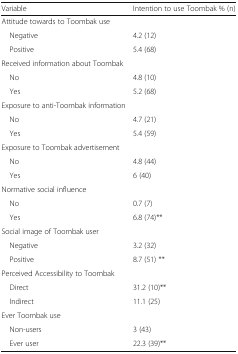
| Variable | Intention to use Toombak % (n) |
 | --- | --- |
 | <COLSPAN=2> Attitude towards to Toombak use |
 | Negative | 4.2 (12) |
 | Positive | 5.4 (68) |
 | <COLSPAN=2> Received information about Toombak |
 | No | 4.8 (10) |
 | Yes | 5.2 (68) |
 | <COLSPAN=2> Exposure to anti-Toombak information |
 | No | 4.7 (21) |
 | Yes | 5.4 (59) |
 | <COLSPAN=2> Exposure to Toombak advertisement |
 | No | 4.8 (44) |
 | Yes | 6 (40) |
 | <COLSPAN=2> Normative social influence |
 | No | 0.7 (7) |
 | Yes | 6.8 (74)** |
 | <COLSPAN=2> Social image of Toombak user |
 | Negative | 3.2 (32) |
 | Positive | 8.7 (51) ** |
 | <COLSPAN=2> Perceived Accessibility to Toombak |
 | Direct | 31.2 (10)** |
 | Indirect | 11.1 (25) |
 | <COLSPAN=2> Ever Toombak use |
 | Non-users | 3 (43) |
 | Ever user | 22.3 (39)** |